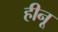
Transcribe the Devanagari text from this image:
हीनू